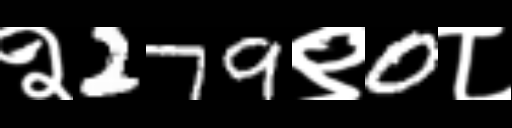
Text: २279९0८